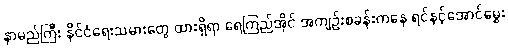
နာမည်ကြီး နိုင်ငံရေးသမားတွေ ထားရှိရာ ရေကြည်အိုင် အကျဉ်းစခန်းကနေ ရင်နင့်အောင်မွှေး